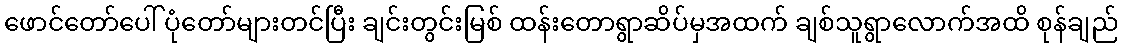
ဖောင်တော်ပေါ် ပုံတော်များတင်ပြီး ချင်းတွင်းမြစ် ထန်းတောရွာဆိပ်မှအထက် ချစ်သူရွာလောက်အထိ စုန်ချည်